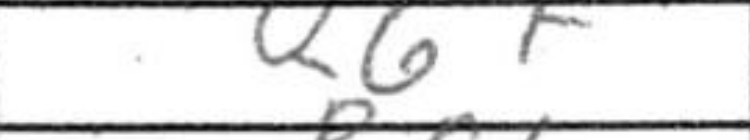
Transcription: Q6f